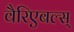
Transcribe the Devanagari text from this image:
वैरिएबल्स्